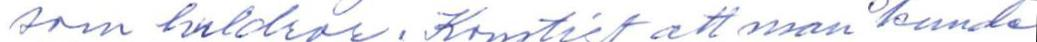
som huldrar. Konstigt att man kunde